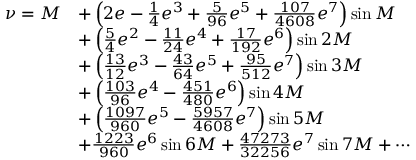
{ \begin{array} { r l } { \nu = M } & { + \left( 2 e - { \frac { 1 } { 4 } } e ^ { 3 } + { \frac { 5 } { 9 6 } } e ^ { 5 } + { \frac { 1 0 7 } { 4 6 0 8 } } e ^ { 7 } \right) \sin M } \\ & { + \left( { \frac { 5 } { 4 } } e ^ { 2 } - { \frac { 1 1 } { 2 4 } } e ^ { 4 } + { \frac { 1 7 } { 1 9 2 } } e ^ { 6 } \right) \sin 2 M } \\ & { + \left( { \frac { 1 3 } { 1 2 } } e ^ { 3 } - { \frac { 4 3 } { 6 4 } } e ^ { 5 } + { \frac { 9 5 } { 5 1 2 } } e ^ { 7 } \right) \sin 3 M } \\ & { + \left( { \frac { 1 0 3 } { 9 6 } } e ^ { 4 } - { \frac { 4 5 1 } { 4 8 0 } } e ^ { 6 } \right) \sin 4 M } \\ & { + \left( { \frac { 1 0 9 7 } { 9 6 0 } } e ^ { 5 } - { \frac { 5 9 5 7 } { 4 6 0 8 } } e ^ { 7 } \right) \sin 5 M } \\ & { + { \frac { 1 2 2 3 } { 9 6 0 } } e ^ { 6 } \sin 6 M + { \frac { 4 7 2 7 3 } { 3 2 2 5 6 } } e ^ { 7 } \sin 7 M + \cdots } \end{array} }